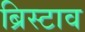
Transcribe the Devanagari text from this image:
ब्रिस्टाव